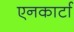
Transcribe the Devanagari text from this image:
एनकार्टा